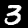
Label: 3